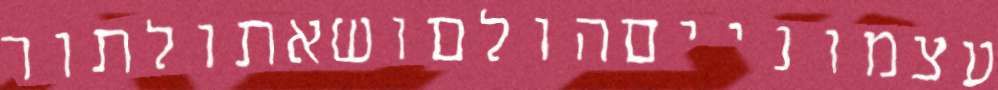
עצמונייםהולםושאתולתור